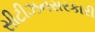
સીટીઝનસરકારી